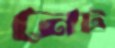
নেট